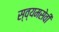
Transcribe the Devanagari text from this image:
स्व्यमसेवी